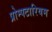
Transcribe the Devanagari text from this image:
प्रोम्पटारियम